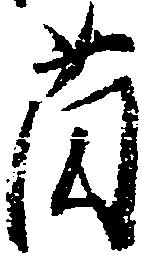
薗